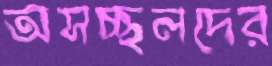
অসচ্ছলদের